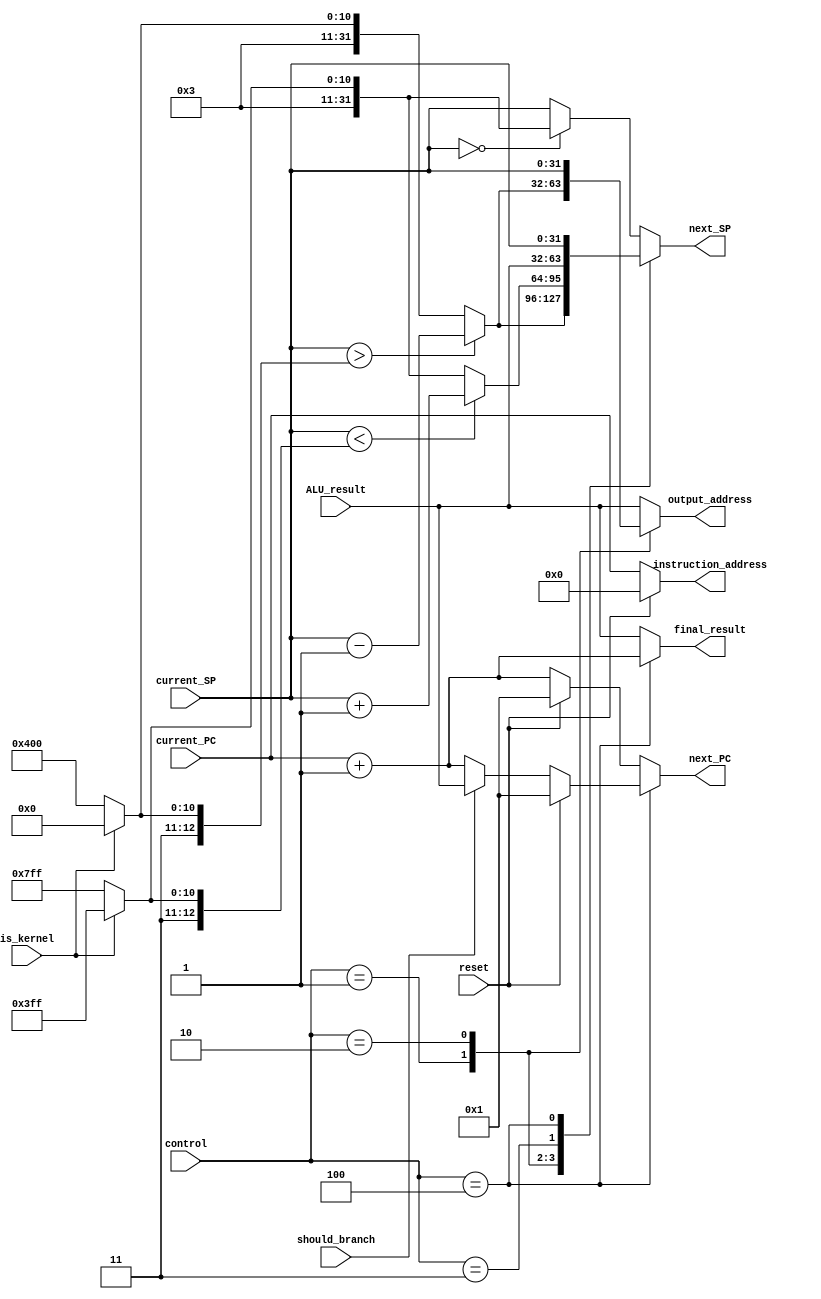
module MemoryAddressHandler #(
    parameter WORD_SIZE = 32,
    parameter KERNEL_STACK_TOP = 6144,
    parameter KERNEL_STACK_BOTTOM = 7167,
    parameter USER_STACK_TOP = 7168,
    parameter USER_STACK_BOTTOM = 8191,
    parameter MAX_NUMBER = 32'hffffffff
)(
    input is_kernel, should_branch, reset,
    input [2 : 0] control,
    input [(WORD_SIZE - 1) : 0]  ALU_result, current_PC, current_SP,
    output reg [(WORD_SIZE - 1) : 0] next_SP, output_address,
    output reg [(WORD_SIZE - 1) : 0] final_result, next_PC,
    output [(WORD_SIZE - 1) : 0] instruction_address
);
    wire [(WORD_SIZE - 1) : 0] incr_pc, r_incr_pc;
    assign incr_pc = current_PC + 1;
    assign r_incr_pc = reset ? 1 : incr_pc;
    assign instruction_address = reset ? 0 : current_PC;
    wire [(WORD_SIZE - 1): 0] top_stack, bottom_stack;
    assign top_stack = is_kernel ? KERNEL_STACK_TOP : USER_STACK_TOP;
    assign bottom_stack = is_kernel ? KERNEL_STACK_BOTTOM : USER_STACK_BOTTOM;
    always @( * ) begin
        case (control)
            1:begin
                next_SP = (current_SP > top_stack) ? current_SP - 1 : top_stack;
                output_address = next_SP;
                next_PC = r_incr_pc;
                final_result = ALU_result;
            end
            2:begin
                next_SP = (current_SP < bottom_stack) ? current_SP + 1 : bottom_stack;
                output_address = current_SP;
                next_PC = r_incr_pc;
                final_result = ALU_result;
            end
            3:begin
                next_SP = ALU_result;
                output_address = ALU_result;
                next_PC = r_incr_pc;
                final_result = ALU_result;
            end
            4:begin
                next_PC = reset ? 1 : (should_branch ? ALU_result : incr_pc);
                final_result = incr_pc;
                next_SP = current_SP;
                output_address = ALU_result;
            end
            default: begin
                next_PC = r_incr_pc;
                final_result = ALU_result;
                output_address = ALU_result;
                next_SP = (current_SP == 0) ? bottom_stack: current_SP;
            end
        endcase
    end
endmodule